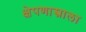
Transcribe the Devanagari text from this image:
क्षेपणास्त्राला